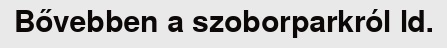
Bővebben a szoborparkról ld.